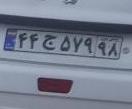
۴۴ج۵۷۹۹۸